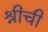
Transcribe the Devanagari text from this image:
श्रीची